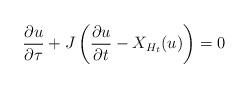
LaTeX: \begin{align*}\frac{\partial u}{\partial \tau}+J\left(\frac{\partial u}{\partial t} - X_{H_{t}}(u)\right)= 0\end{align*}